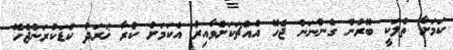
ކަމަށާ ތެލަކީ ބޭރުން ގެންނަން ޖެހޭ އެއްޗަކަށްވާއިރު އެކަމަށް ކުރާ ޚަރަދު ކުޑަކުރަންޖެހޭ